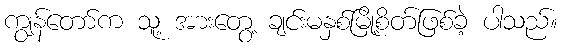
ကျွန်တော်က သူ့ အားတွေ့ ချင်းမနှစ်မြို့စိတ်ဖြစ်ခဲ့ ပါသည်။